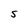
Character: 5